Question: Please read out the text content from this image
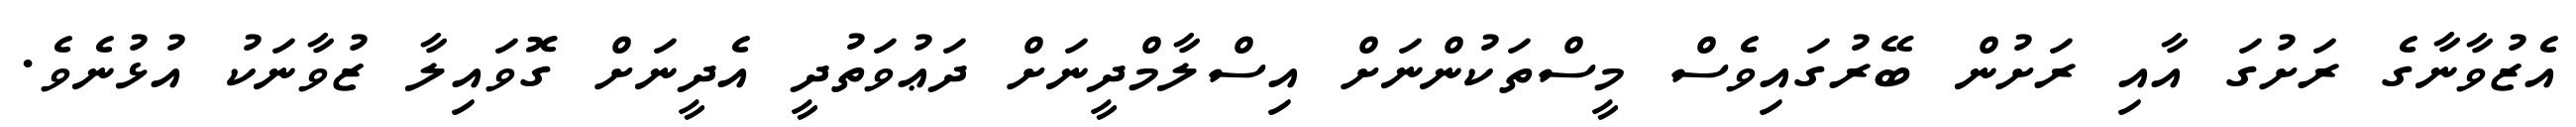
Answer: އެޒުވާނާގެ ރަށުގަ އާއި ރަށުން ބޭރުގައިވެސް މީސްތަކުންނަށް އިސްލާމްދީނަށް ދަޢުވަތުދީ އެދީނަށް ގޮވައިލާ ޒުވާނަކު އުޅުނެވެ.